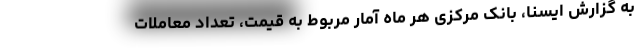
به گزارش ایسنا، بانک مرکزی هر ماه آمار مربوط به قیمت، تعداد معاملات